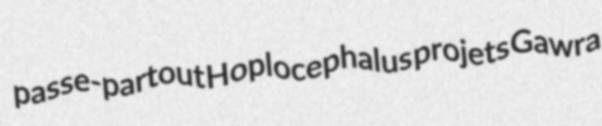
passe-partout Hoplocephalus projets Gawra